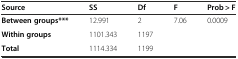
<table><thead><tr><td><b>Source</b></td><td><b>SS</b></td><td><b>Df</b></td><td><b>F</b></td><td><b>Prob &gt; F</b></td></tr></thead><tbody><tr><td><b>Between groups***</b></td><td>12.991</td><td>2</td><td>7.06</td><td>0.0009</td></tr><tr><td><b>Within groups</b></td><td>1101.343</td><td>1197</td><td></td><td></td></tr><tr><td><b>Total</b></td><td>1114.334</td><td>1199</td><td></td><td></td></tr></tbody></table>